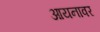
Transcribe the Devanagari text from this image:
आयनावर